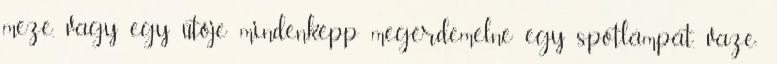
meze, vagy egy ütője mindenképp megérdemelne egy spotlámpát. vaze: